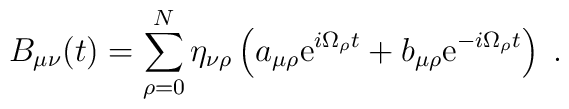
B_{\mu\nu}(t)=\sum_{\rho=0}^N\eta_{\nu\rho}\left(a_{\mu\rho}{\rm e}^{i\Omega_\rho t}+b_{\mu\rho}{\rm e}^{-i\Omega_\rho t}\right)\;.